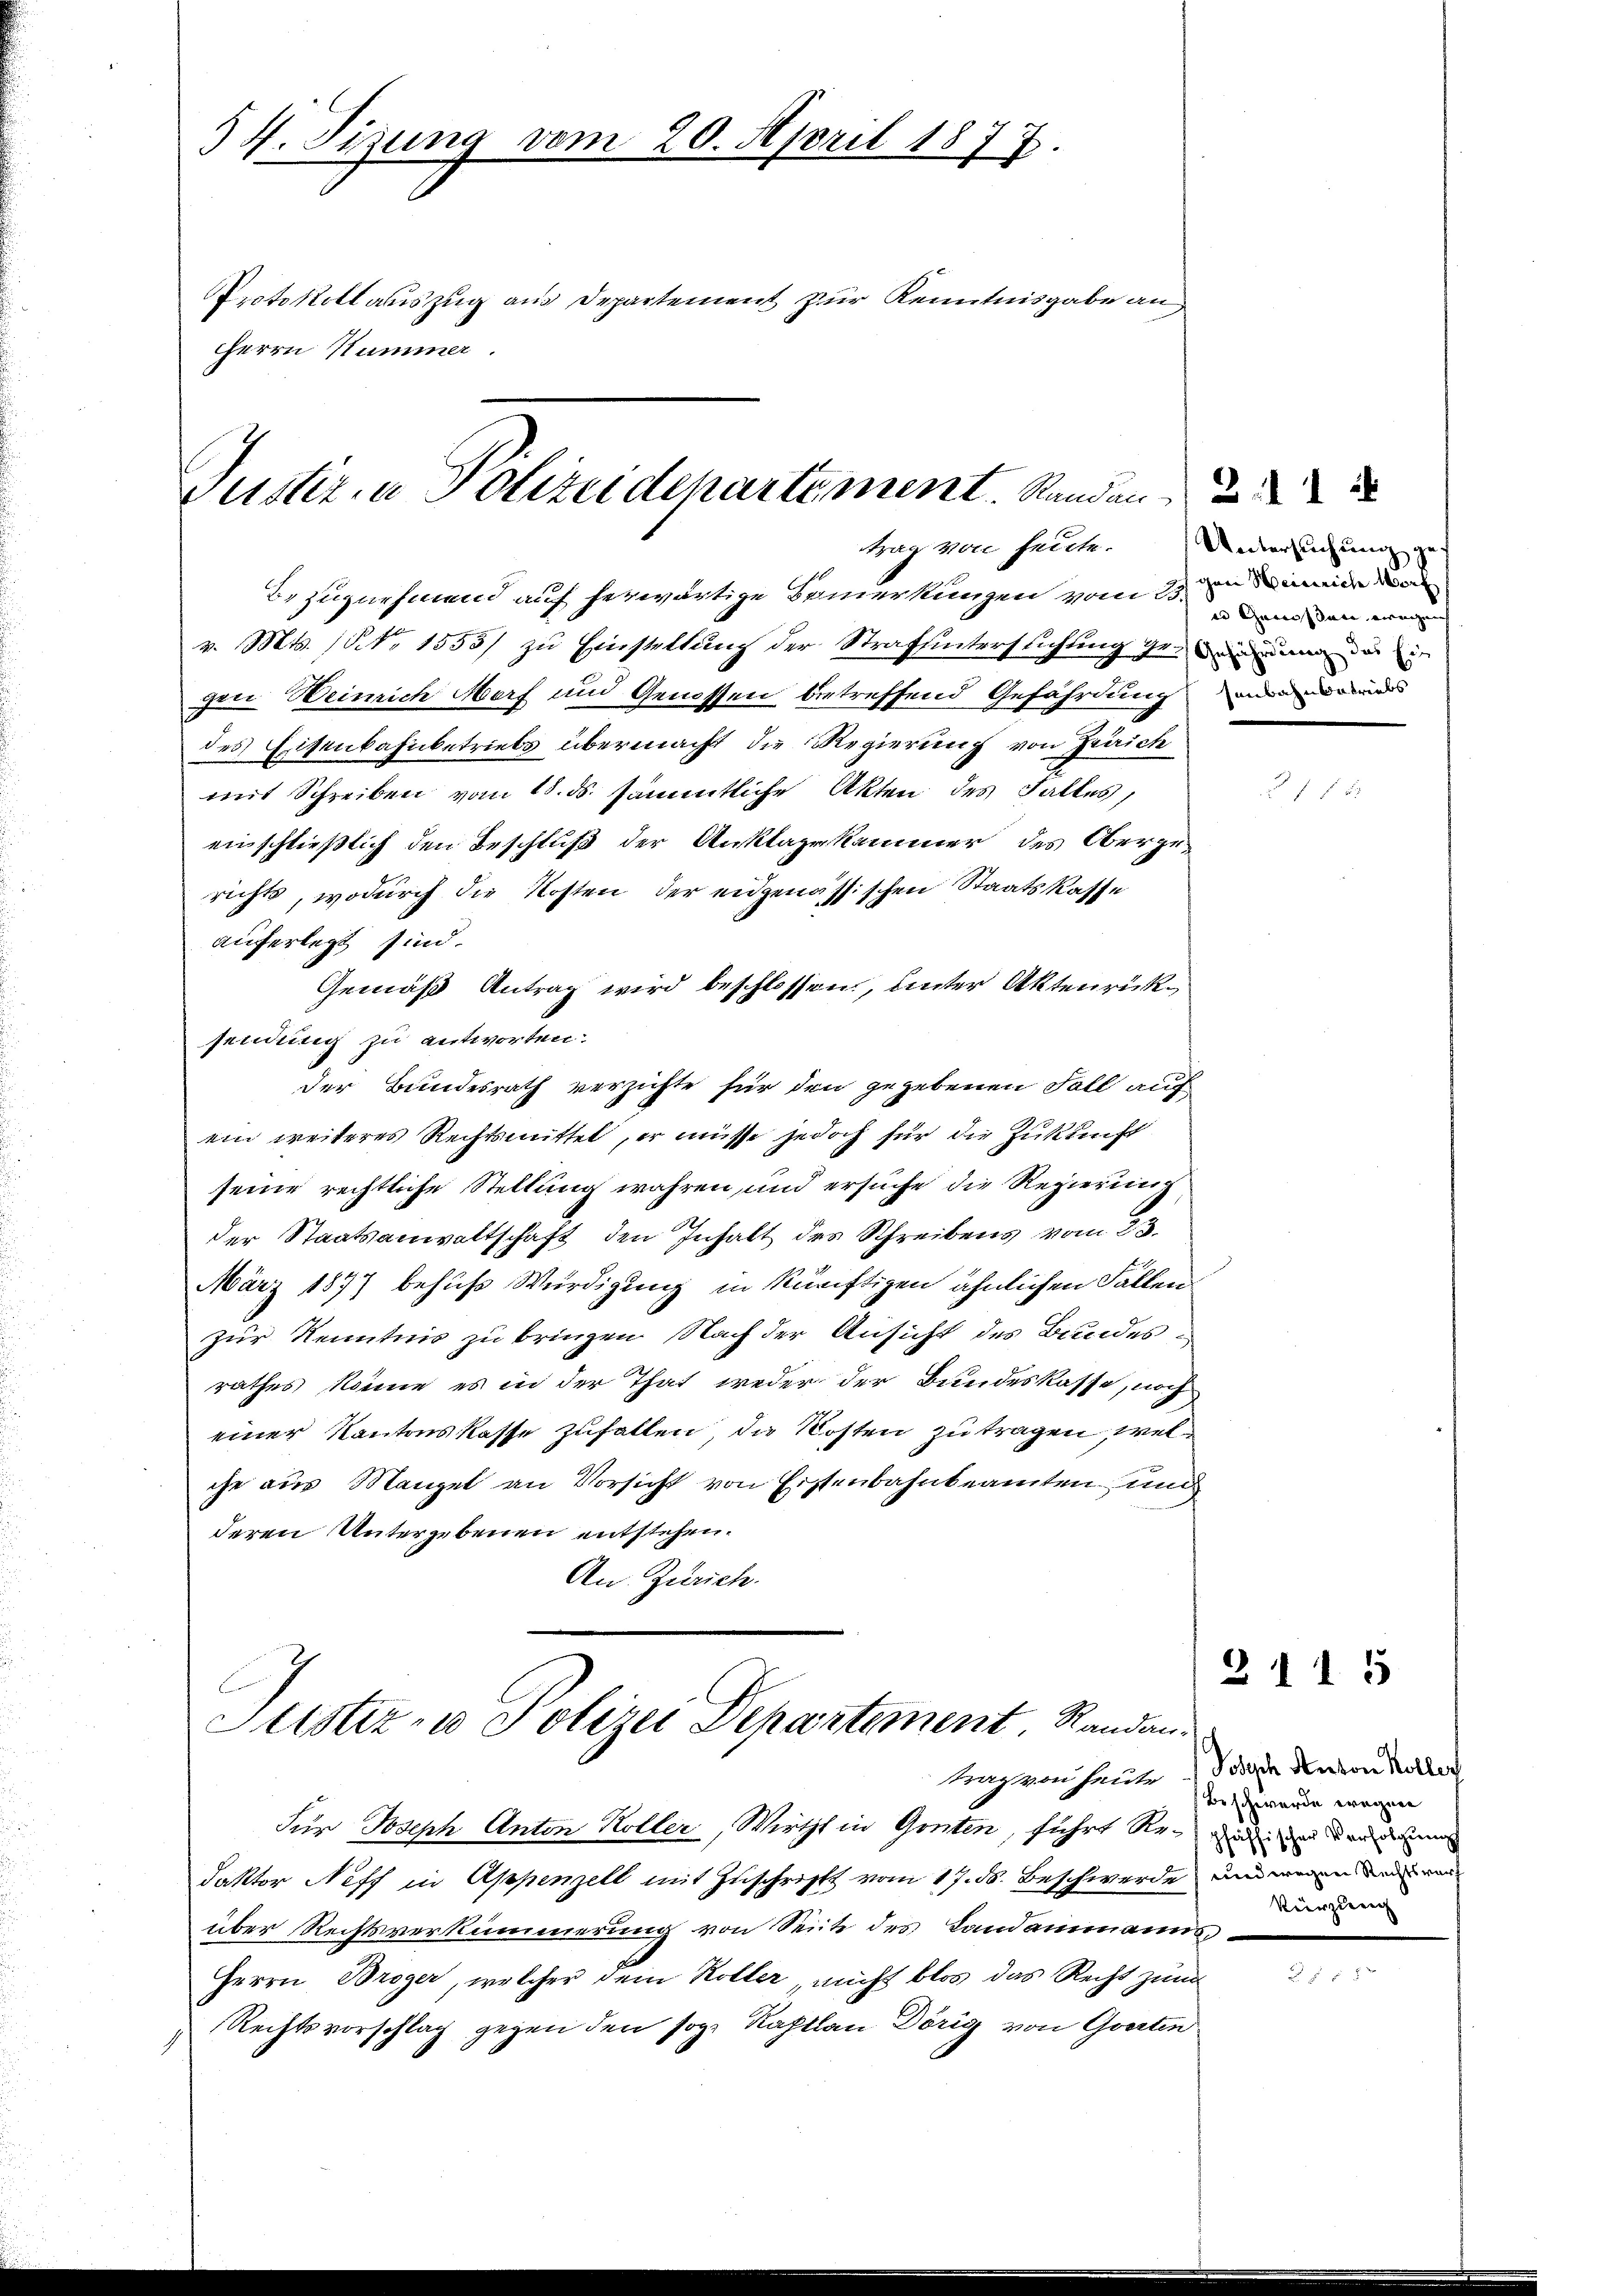
34. Tigung vom 20. April 1877.
Protokollauszug aus Departement zur Kenntnisgabe an
Herrn Nummer.

Justiz in Polizeidepartement. Sanden
tug von heute. Untersuchung zu

Bezugnehmend auf herwärtige Bemerkungen vom 15. den wer
v. Mts. (No 1555/ zu Einstellung der Strafuntersuchung genandern
gen Weinrich Morf und Genossen betreffend Gefährdung
des Eisenbahnbetriebs übermacht, die Regierung von Fraich
mit Schreiben vom 18. ds. sämmtliche Akten des Falles,
einschließlich den Beschluß der Anklagekammer des Obergerichts, wodurch die Kosten der eidgenössischen Staatskasse
auferlegt sind.
Gemäß Antrag wird beschlossen, unter Aktenrücksendung zu antworten.
Der Bundesrath verzichte für den gegebenen Fall auf
ein weiteres Rechtsmittel, er müsse jedoch für die Zukunft
seine rechtliche Stellung wahren, und ersuche die Regierung
der Staatsanwaltschaft den Inhalt des Schreibens vom 23.
März 1877 behufs Würdigung in künftigen ähnlichen Fallen
zur Kenntnis zu bringen. Nach der Ansicht des Bundesrathes könne es in der That weder der Bundeskasse, noch
einer Kantonskasse zufallen, die Kosten zu tragen, welche aus Mangel an Vorsicht von Erstenbahnbeamten und
deren Untergebenen entstehen.
An Zürich.

Justiz- u Polizei Departement, Randantrag von heute

gen Weinriche Wort
senbahnbetriebs

Für Joseph Anton Koller, Wirths in Gonten, führt R. und und den den
daktor Neff in Appenzell mit Zuschrift vom 17. ds. Beschwerde und wenn der ein
über Rechtsverkümmerung von Seite des Landammanns-
Herrn Broger, welcher dem Koller nicht blos das Recht zum
Rechtsvorschlag gegen den sog. Rastlan Dörig von Garten

2

2115

Joseph Anton Koller
Beschwerde wegen
Vierzugung